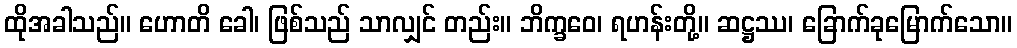
ထိုအခါသည်။ ဟောတိ ခေါ၊ ဖြစ်သည် သာလျှင် တည်း။ ဘိက္ခဝေ၊ ရဟန်းတို့။ ဆဋ္ဌဿ၊ ခြောက်ခုမြောက်သော။